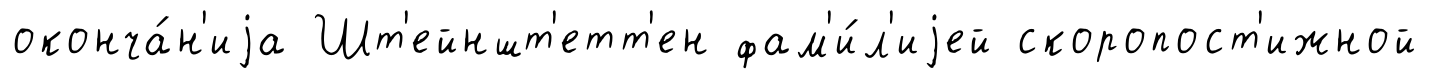
оконча́н'иjа Шт'ейншт'етт'ен фам'и́л'иjей скоропост'ижной